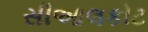
સીઆલકોટ